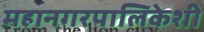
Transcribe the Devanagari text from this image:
महानगरपालिकेशी